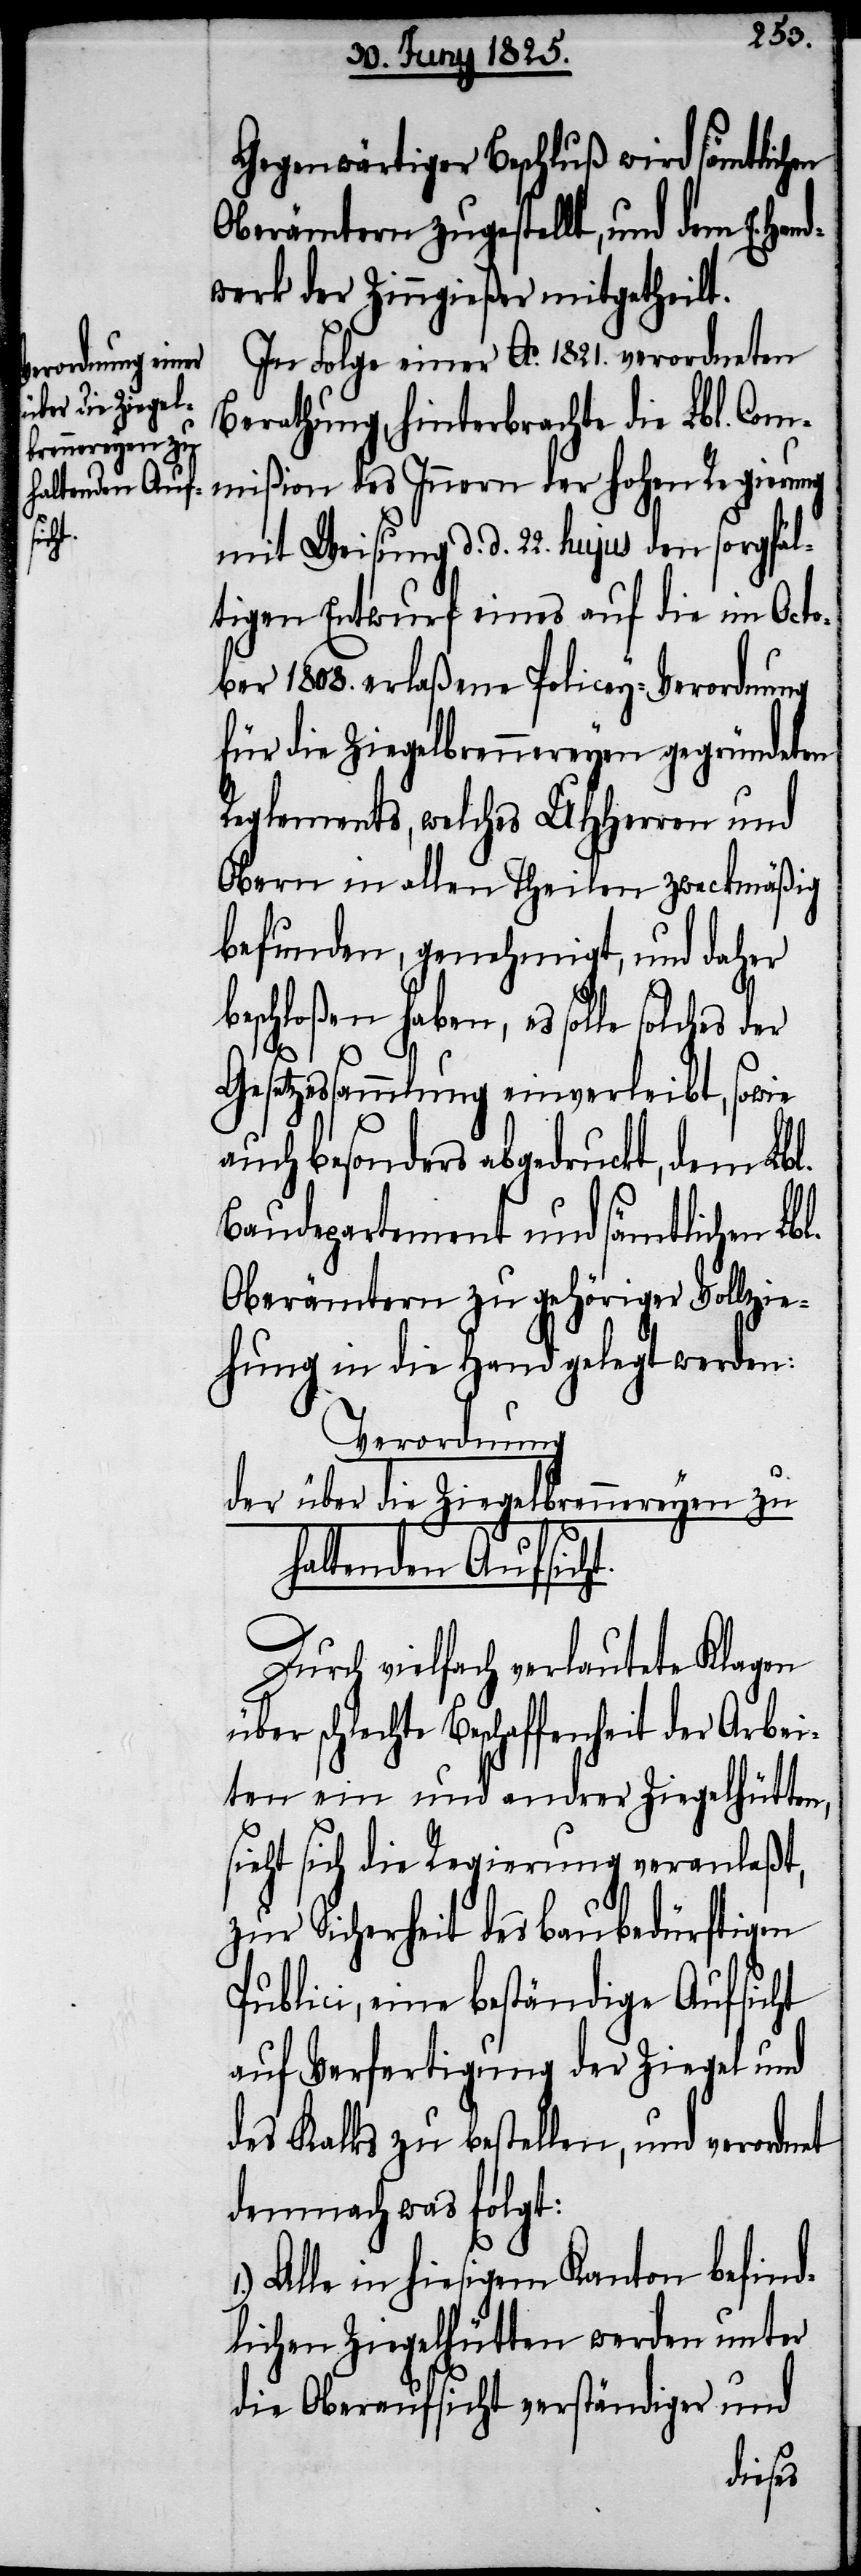
Gegenwärtiger Beschluß wird sämtlichen
Oberämtern zugestellt, und dem E. Han¬
dwerk der Zinngießer mitgetheilt.
In Folge einer Ao. 1821. verordneten
Berathung, hinterbrachte die Lbl. Com¬
mißion des Innern der hohen Regierung
mit Weisung d. d. 22. hujus den sorgfäl¬
tigen Entwurf eines auf die im Octo¬
ber 1808. erlaßene Policey-Verordnung
für die Ziegelbrennereyen gegründeten
Reglements, welches UHHerren und
Obern in allen Theilen zweckmäßig
befunden, genehmigt, und daher
beschloßen haben, es solle solches
der
Gesetzesvorschlag einverleibt, sowie
auch besonders abgedruckt, dem Lbl.
Baudepartement und sämtlichen Lbl.
Oberämtern zu gehöriger Vollzie¬
hung in die Hand gelegt werden:
Verordnung
der über die Ziegelbrennereyen zu
haltenden Aufsicht.
Durch vielfach verlautete Klagen
schlechte Beschaffenheit der Arbei¬
ten ein und andrer Ziegelhütten,
sieht sich die Regierung veranlaßt,
zur Sicherheit des baubedürftigen
Publicii, eine beständige Aufsicht
auf Verfertigung der Ziegel und
des Kalks zu bestellen, und verordnet
demnach was folgt:
Alle in hiesigem Kanton befind¬
lichen Ziegelhütten werden unter
die Oberaufsicht verständiger und